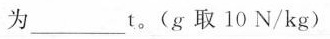
为___t。(g取10N/kg)